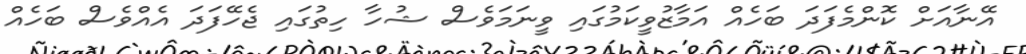
އޭނާއަށް ކޮންމެފަދަ ބަހެއް އަމާޒުވީކަމުގައި ވީނަމަވެސް ޝުހާ ހިތުގައި ޖެހޭފަދަ އެއްވެސް ބަހެއް